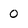
Character: 0